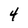
Character: 4